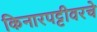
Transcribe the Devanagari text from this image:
किनारपट्टीवरचे